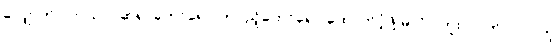
လျှောက်ပါတယ်။ “ဆရာတော်ရော-တပည့်တော်ရော ထောက်ပံ့ဖို့ မလိုပါဘူး၊ လိုက်ပါလာတဲ့